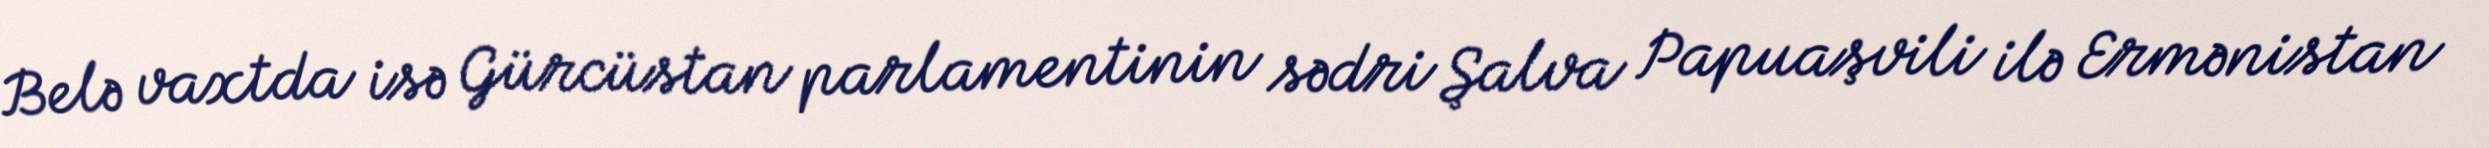
Belə vaxtda isə Gürcüstan parlamentinin sədri Şalva Papuaşvili ilə Ermənistan